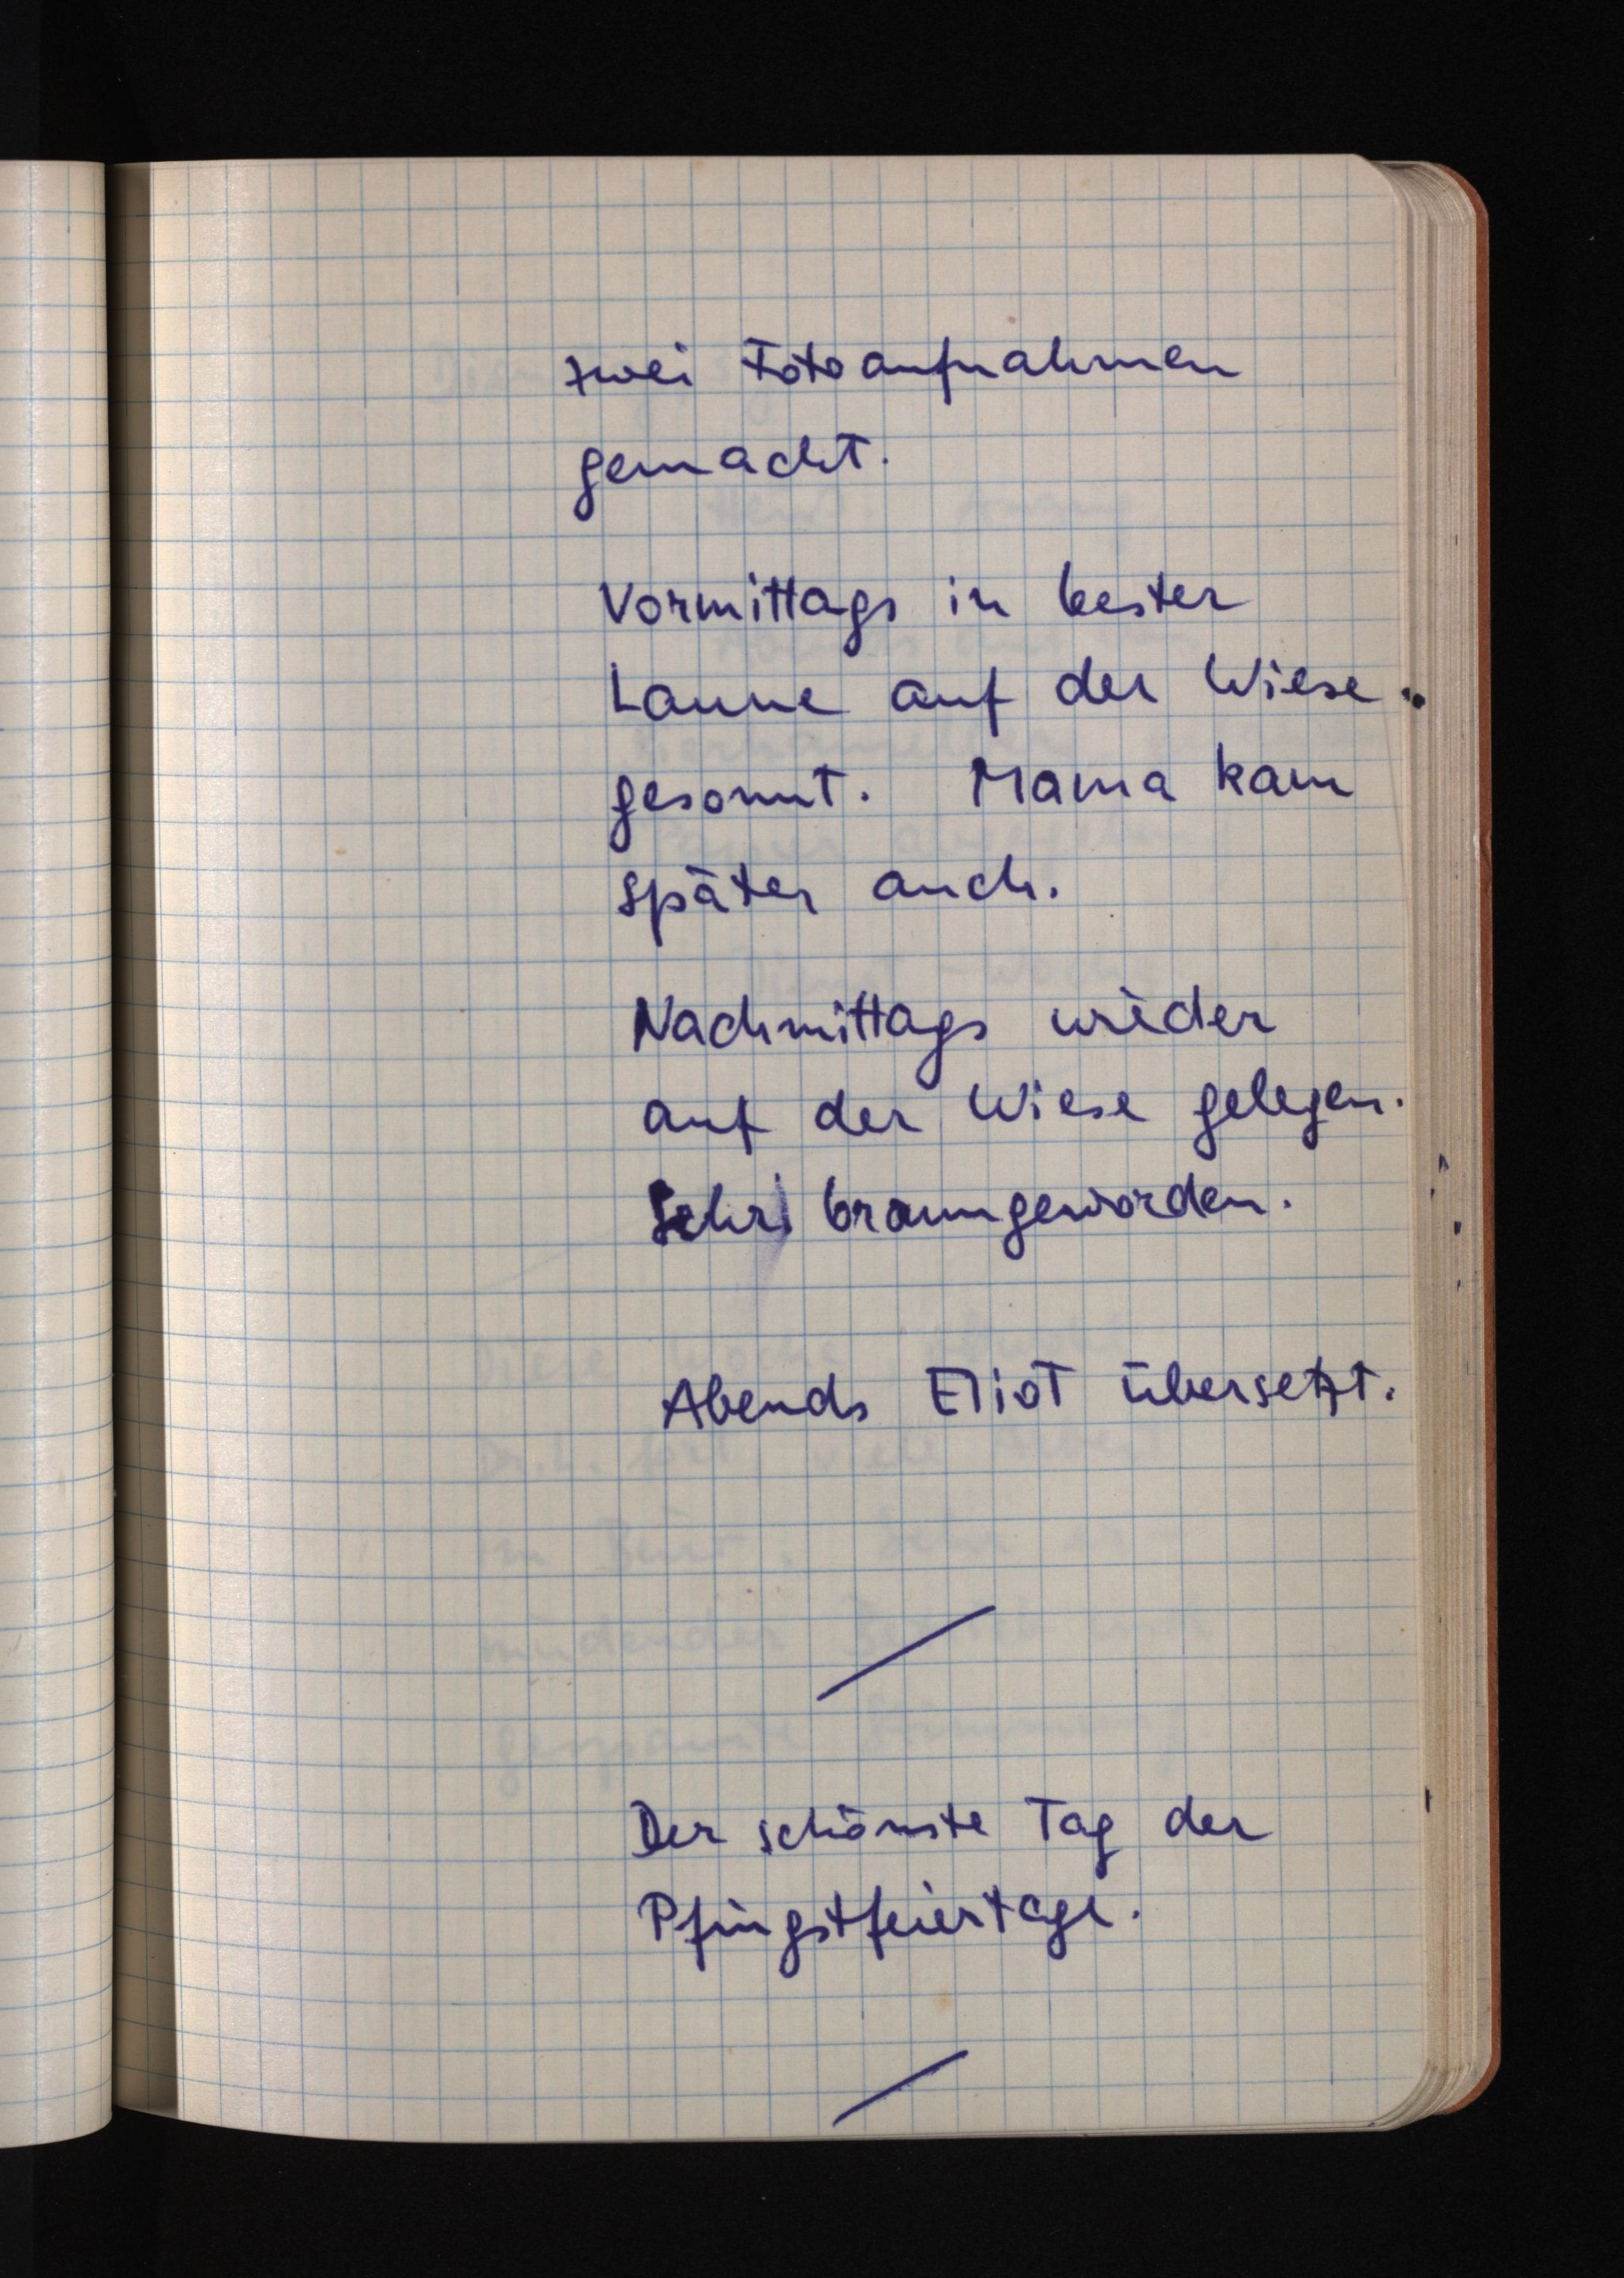
zwei Fotoaufnahmen
gemacht.
Vormittags in bester
Laune auf der Wiese
gesonnt. Mama kam
später auch.
Nachmittags wieder
auf der Wiese gelegen.
Sehr braun geworden.
Abends Eliot übersetzt.
Der schönste Tag der
Pfingstfeiertage.